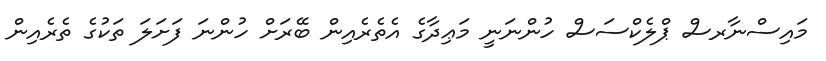
މައިސްނާރސް ޕްލެކްސަސް ހުންނަނީ މަޢިދާގެ އެތެރެއިން ބޭރަށް ހުންނަ ފަށަލަ ތަކުގެ ތެރެއިން